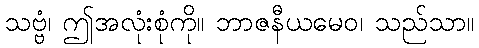
သဗ္ဗံ၊ ဤအလုံးစုံကို။ ဘာဇနီယမေဝ၊ သည်သာ။